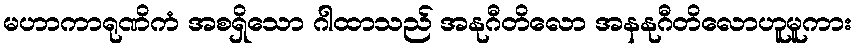
မဟာကာရုဏိကံ အစရှိသော ဂါထာသည် အနုဂီတိလော အနနုဂီတိလောဟူမူကား